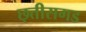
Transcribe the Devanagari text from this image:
छ्त्तीसगड